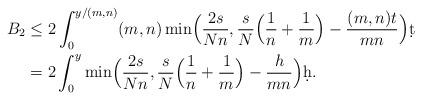
LaTeX: \begin{align*}B_2 &\le 2 \int_0^{y/(m,n)} (m,n) \min \Bigl(\frac{2s}{Nn}, \frac s N \Bigl( \frac1n + \frac1m \Bigr) - \frac {(m,n)t}{mn} \Bigr) \d t \\& = 2 \int_0^y \min \Bigl(\frac{2s}{Nn}, \frac s N \Bigl( \frac1n + \frac1m \Bigr) - \frac {h}{mn} \Bigr) \d h.\end{align*}